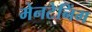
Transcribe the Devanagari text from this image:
मेनटेनिंग